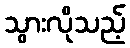
သွားလိုသည့်